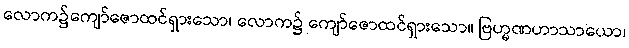
လောက၌ကျော်ဇောထင်ရှားသော၊ လောက၌ ကျော်ဇောထင်ရှားသော။ ဗြဟ္မဏဟာသာယော၊